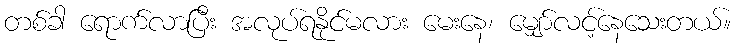
တစ်ခါ ရောက်လာပြီး အလုပ်ရနိုင်မလား မေးနေ၊ မျှော်လင့်နေသေးတယ်။